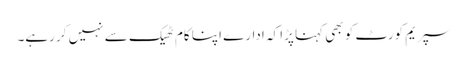
سپریم کورٹ کو بھی کہنا پڑا کہ ادارے اپنا کام ٹھیک سے نہیں کر رہے۔